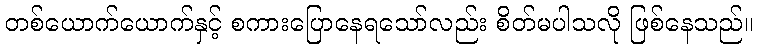
တစ်ယောက်ယောက်နှင့် စကားပြောနေရသော်လည်း စိတ်မပါသလို ဖြစ်နေသည်။